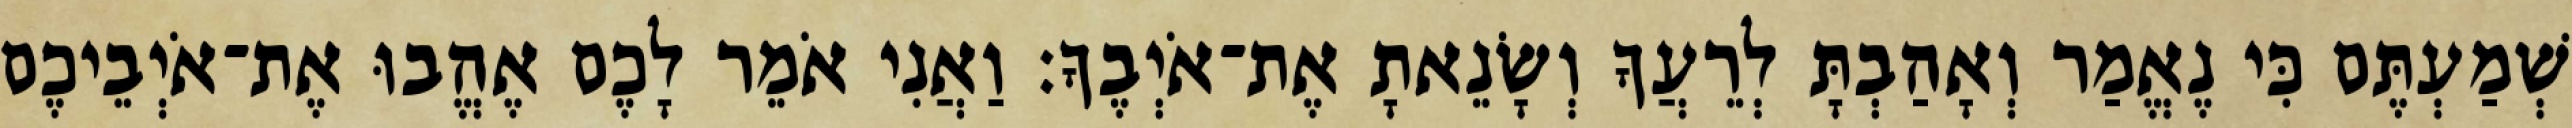
שְׁמַעְתֶּם כִּי נֶאֱמַר וְאָהַבְתָּ לְרֵעֲךָ וְשָׂנֵאתָ אֶת־אֹיְבֶךָ׃ וַאֲנִי אֹמֵר לָכֶם אֶהֱבוּ אֶת־אֹיְבֵיכֶם